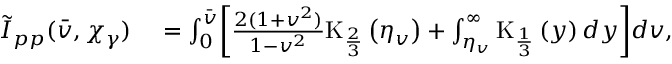
\begin{array} { r l } { \tilde { I } _ { p p } ( \bar { v } , \chi _ { \gamma } ) } & { { } = \int _ { 0 } ^ { \bar { v } } \biggl [ \frac { 2 ( 1 + v ^ { 2 } ) } { 1 - v ^ { 2 } } \mathrm { K } _ { \frac { 2 } { 3 } } \left( \eta _ { v } \right) + \int _ { \eta _ { v } } ^ { \infty } \mathrm { K } _ { \frac { 1 } { 3 } } \left( y \right) d y \biggr ] d v , } \end{array}